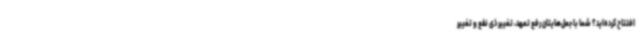
افتتاح کرده‌اید؟ شما با جعل‌هایتان رفع تعهد، تغییر ذی نفع و تغییر